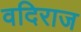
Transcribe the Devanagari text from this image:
वदिराज